Bréfritari: Rustikus Einarsson
Viðtakandi: Jón Borgfirðingur
Dagsetning: A-1857-04-09
Skrifað á: Gunnarsstöðum  N-Þing.

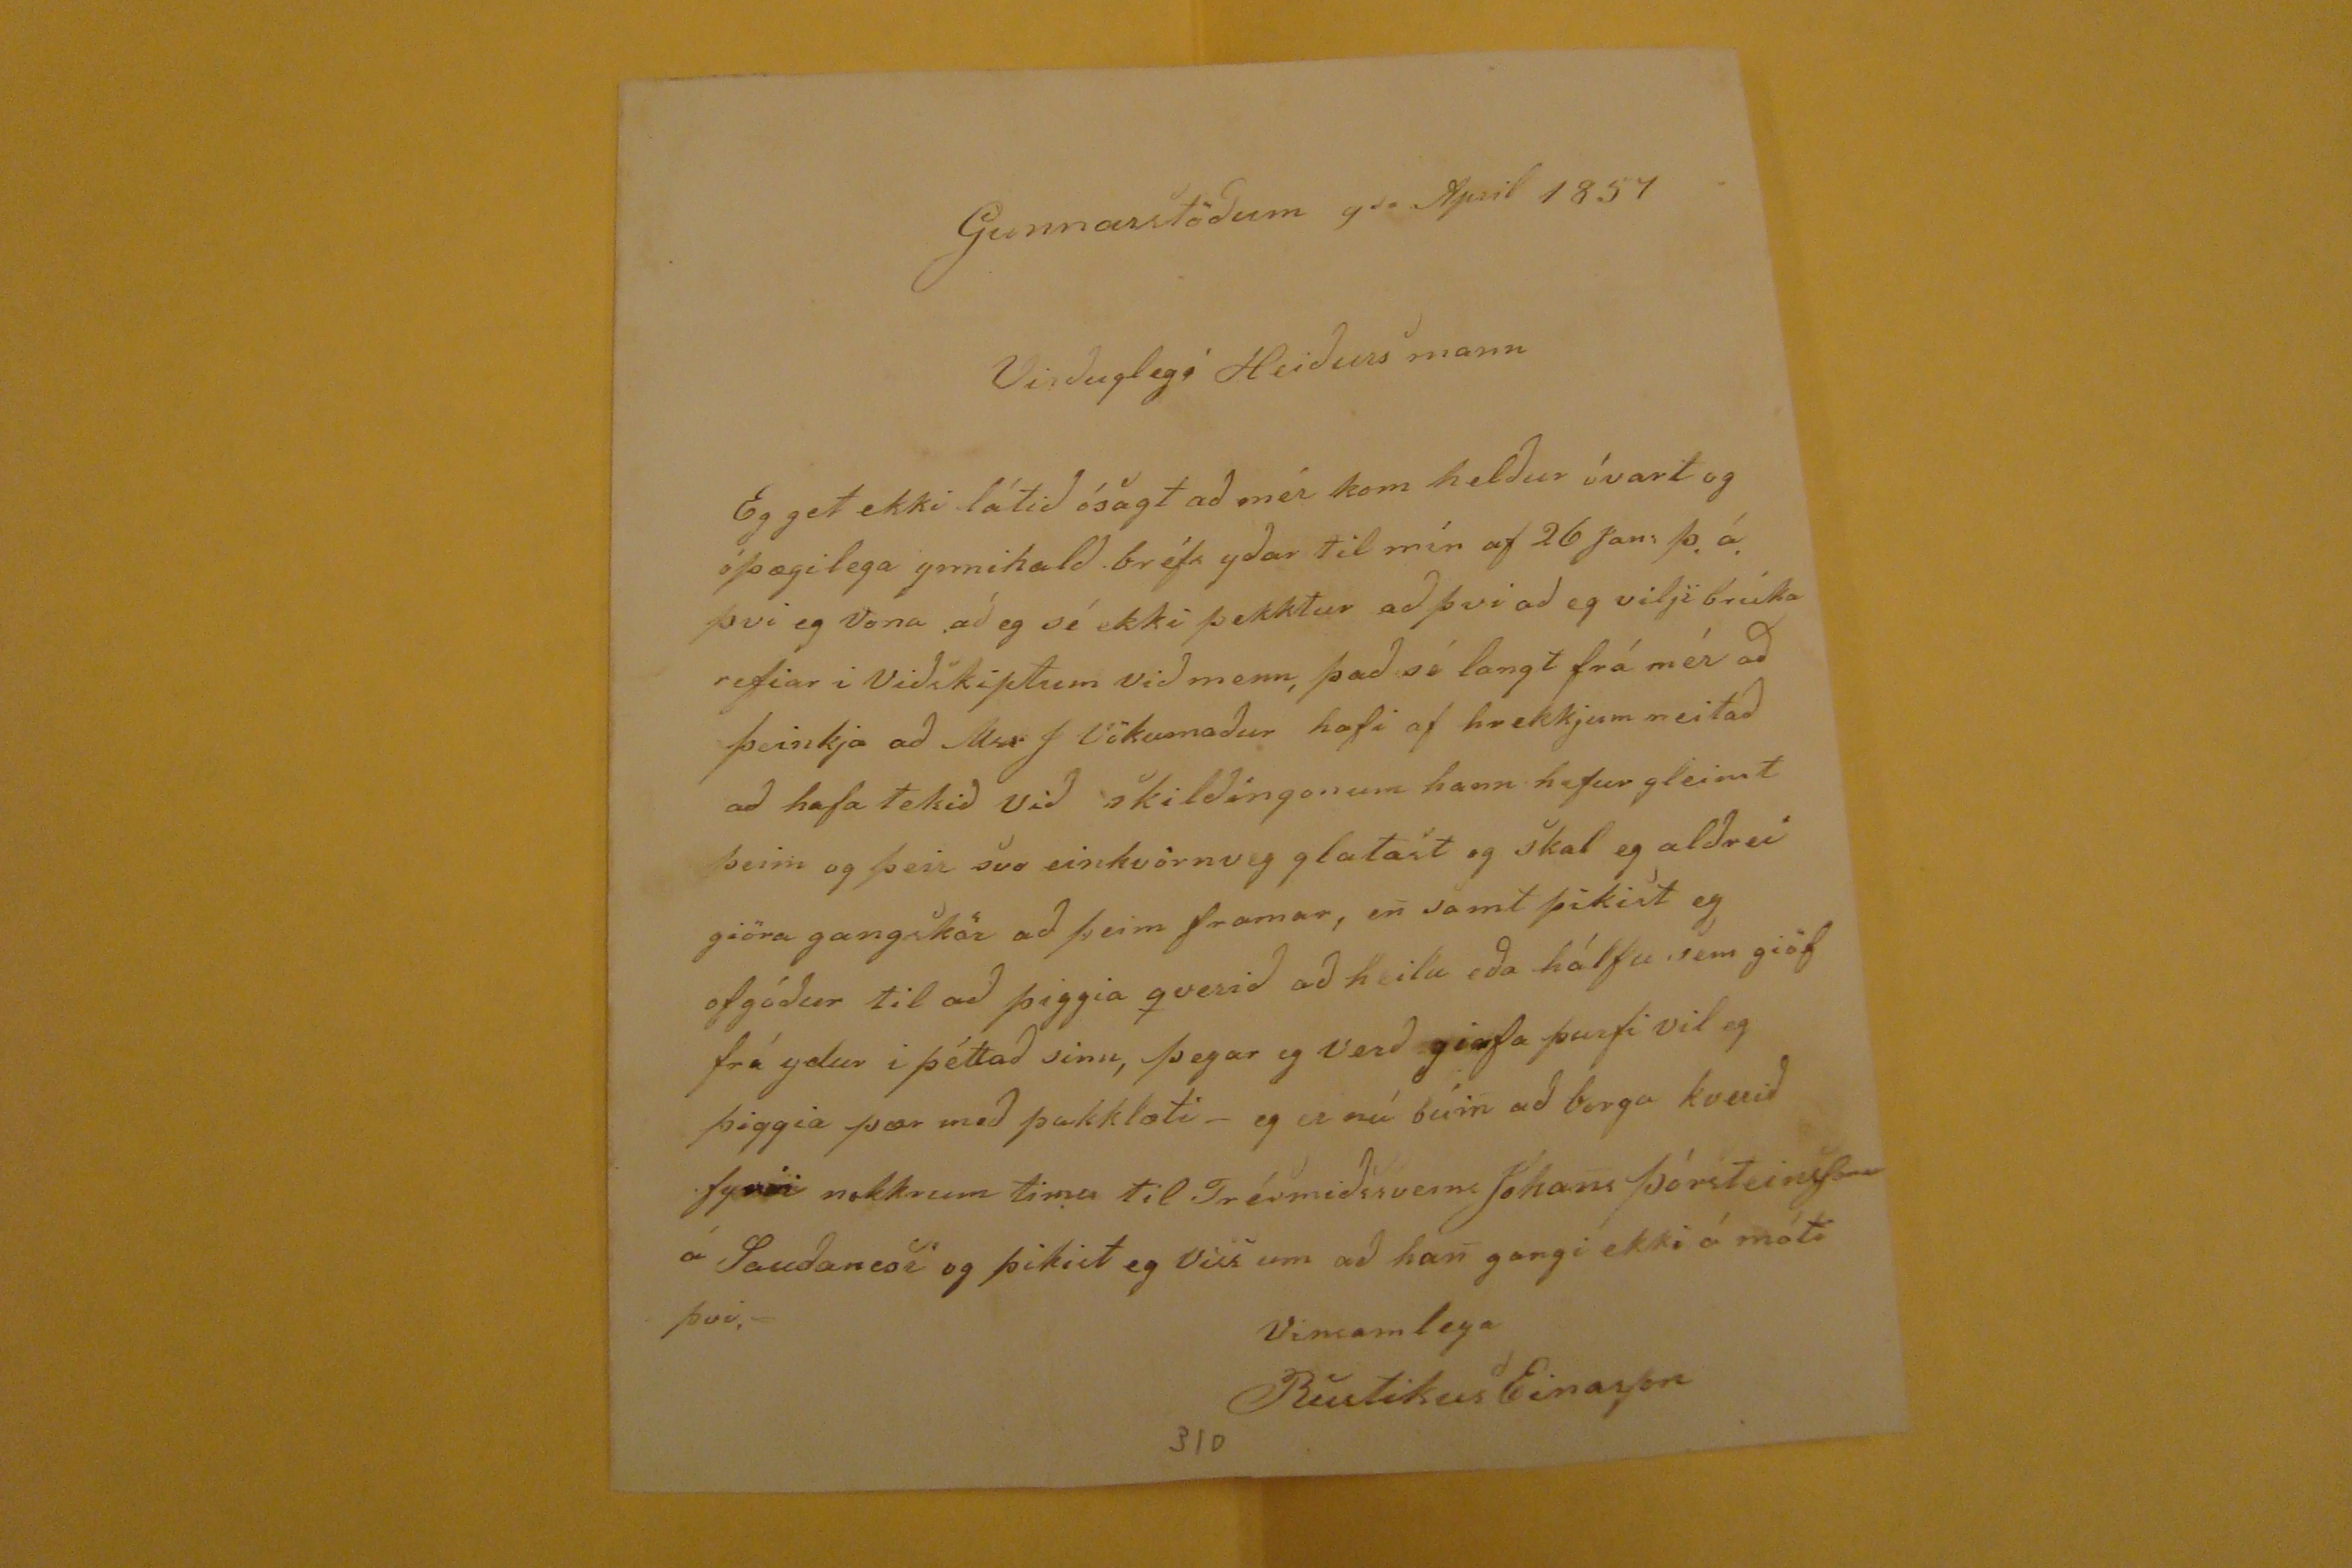

Gunnarstödum 9
da
April 1854
Virdulegi Heidurs mann
Eg get ekki látid ósagt ad mér kom heldur óvart og óþægilega ynnihald bréfs ydar til mín af 26
jans
þ.á. þvi eg vona ad eg sé ekki þekktur ad þvi ad eg vilji brúka refin i Vidskiptum vid menn, þad sé langt frá mér ad þvinkja ad Mrs J tökumadur hafi af hrekkjum neitad ad hafa tekid vid skildingonum hann hefur gleimt þeim og þeir svo einhvörnug glatast og skal eg aldrei giöra gangskör ad þeim framar, en samt þikist eg ofgódur til ad þiggia qverid ad heilu eda hálfu sem giöf frá ydur i þéttad sinn, þegar eg verd giafa þurfi vil eg þiggia þær med þakklæti- eg er nú búin ad borga kverid fyrir nokkrum tima til Trésmidssveins Jóhans ÞórsteinsSonar á Saudanesi og þikist eg viss um ad han gangi ekki á móti þvi.-
vinsamlega
Rustikus Einarson